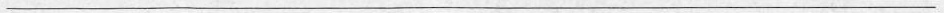
___